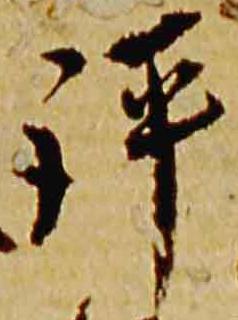
評